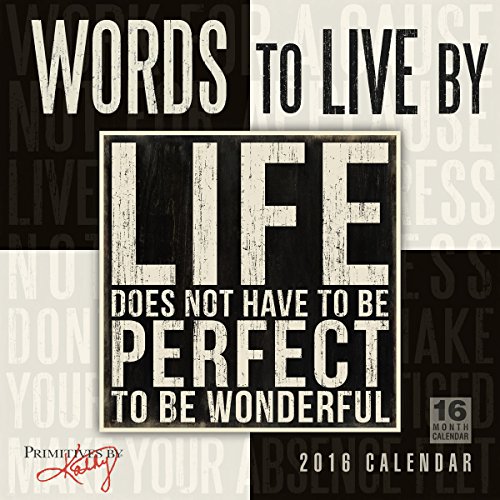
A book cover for Words to Live By 2016 Wall Calendar; Kathy/Primitives by Kathy Phillips; Calendars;